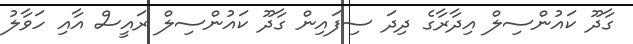
ގާދޫ ކައުންސިލް އިދާރާގެ ދިދަ ސިފައިން ގާދޫ ކައުންސިލް ރައީސް އާއި ހަވާލު